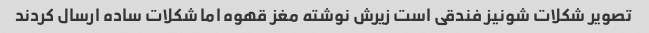
تصویر شکلات شونیز فندقی است زیرش نوشته مغز قهوه اما شکلات ساده ارسال کردند